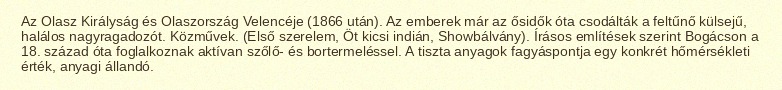
Az Olasz Királyság és Olaszország Velencéje (1866 után). Az emberek már az ősidők óta csodálták a feltűnő külsejű, halálos nagyragadozót. Közművek. (Első szerelem, Öt kicsi indián, Showbálvány). Írásos említések szerint Bogácson a 18. század óta foglalkoznak aktívan szőlő- és bortermeléssel. A tiszta anyagok fagyáspontja egy konkrét hőmérsékleti érték, anyagi állandó.